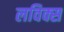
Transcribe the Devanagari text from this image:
लविक्स